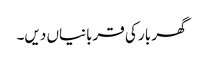
گھر بار کی قربانیاں دیں۔